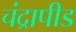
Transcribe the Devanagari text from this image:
चंद्रापीड